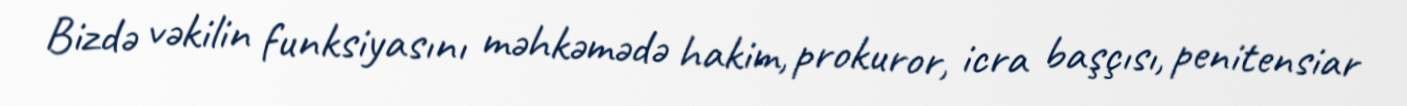
Bizdə vəkilin funksiyasını məhkəmədə hakim, prokuror, icra başçısı, penitensiar